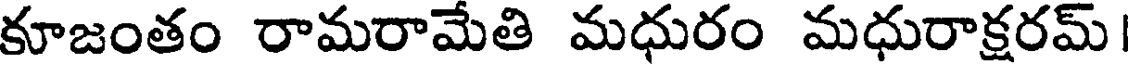
కూజంతం రామరామేతి మధురం మధురాక్షరమ్